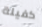
كفيلة